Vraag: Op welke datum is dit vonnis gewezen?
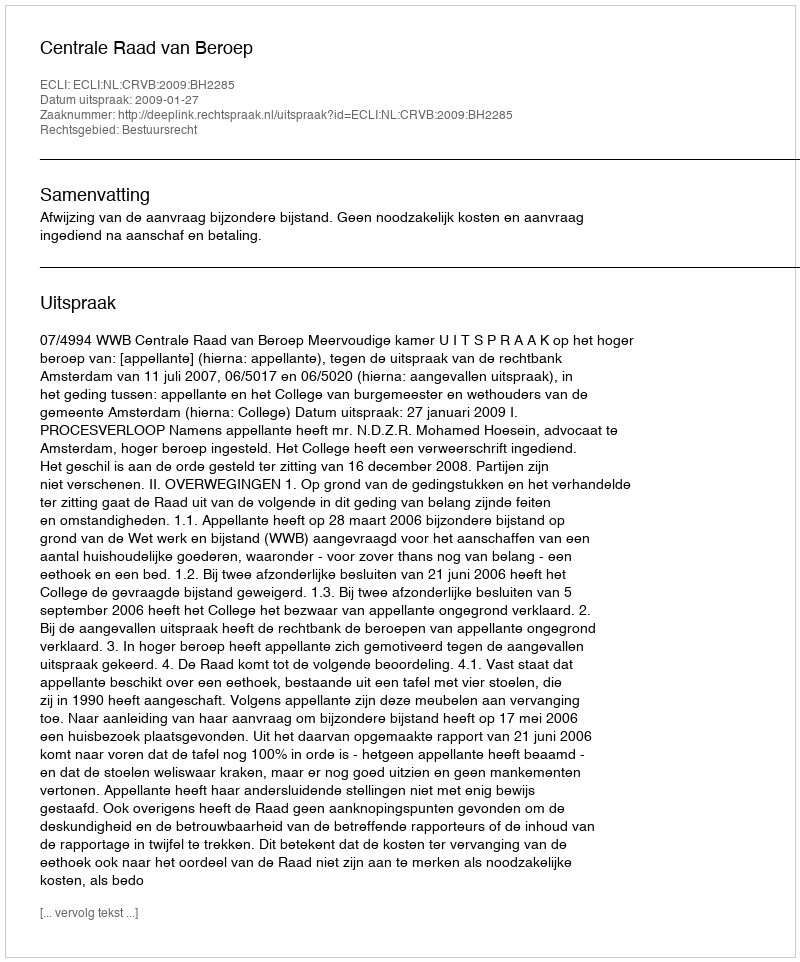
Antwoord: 2009-01-27